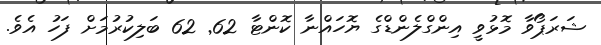
ޝަރަޕޯވާ މޮޅުވީ އިންގްލެންޑްގެ ޔޮހައްނާ ކޮންޓާ 62